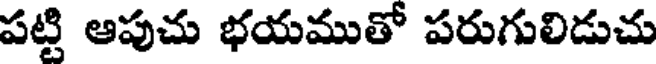
పట్టి ఆపుచు భయముతో పరుగులిడుచు